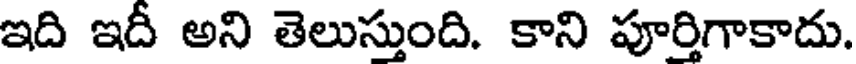
ఇది ఇదీ అని తెలుస్తుంది. కాని పూర్తిగాకాదు.